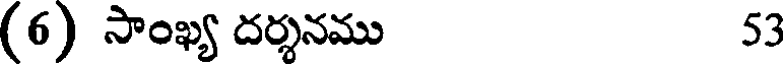
(6) సాంఖ్య దర్శనము 53